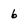
Character: 6